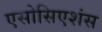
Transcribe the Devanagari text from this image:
एसोसिएशंस